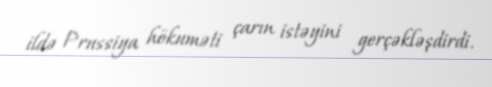
ildə Prussiya hökuməti çarın istəyini gerçəkləşdirdi.